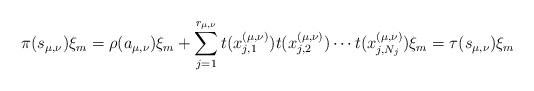
LaTeX: \begin{align*}\pi(s_{\mu,\nu})\xi_m=\rho(a_{\mu,\nu})\xi_m+\sum_{j=1}^{r_{\mu,\nu}} t(x^{(\mu,\nu)}_{j,1}) t(x^{(\mu,\nu)}_{j,2})\cdots t(x^{(\mu,\nu)}_{j,N_j})\xi_m=\tau(s_{\mu,\nu})\xi_m\end{align*}